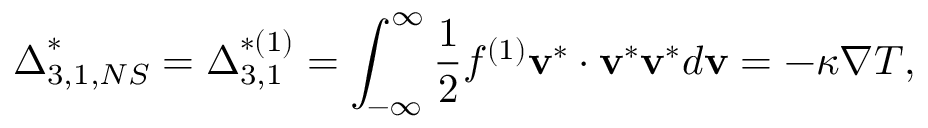
{ \boldsymbol { \Delta } } _ { 3 , 1 , N S } ^ { * } = { \boldsymbol { \Delta } } _ { 3 , 1 } ^ { * ( 1 ) } = \int _ { - \infty } ^ { \infty } { \frac { 1 } { 2 } { f ^ { ( 1 ) } } { { \bf { v } } ^ { * } } \cdot { { \bf { v } } ^ { * } } { { \bf { v } } ^ { * } } d { \bf { v } } } = - \kappa \nabla T ,